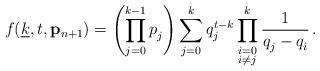
LaTeX: \begin{align*}f(\underline{k}, t,\mathbf{p}_{n+1}) = \left( \prod_{j=0}^{k-1} p_j^{} \right) \sum_{j=0}^{k} q_j^{t-k} \prod_{\substack{i=0 \\ i \neq j }}^{k} \frac{1}{q_j^{} - q_i^{}} \,.\end{align*}